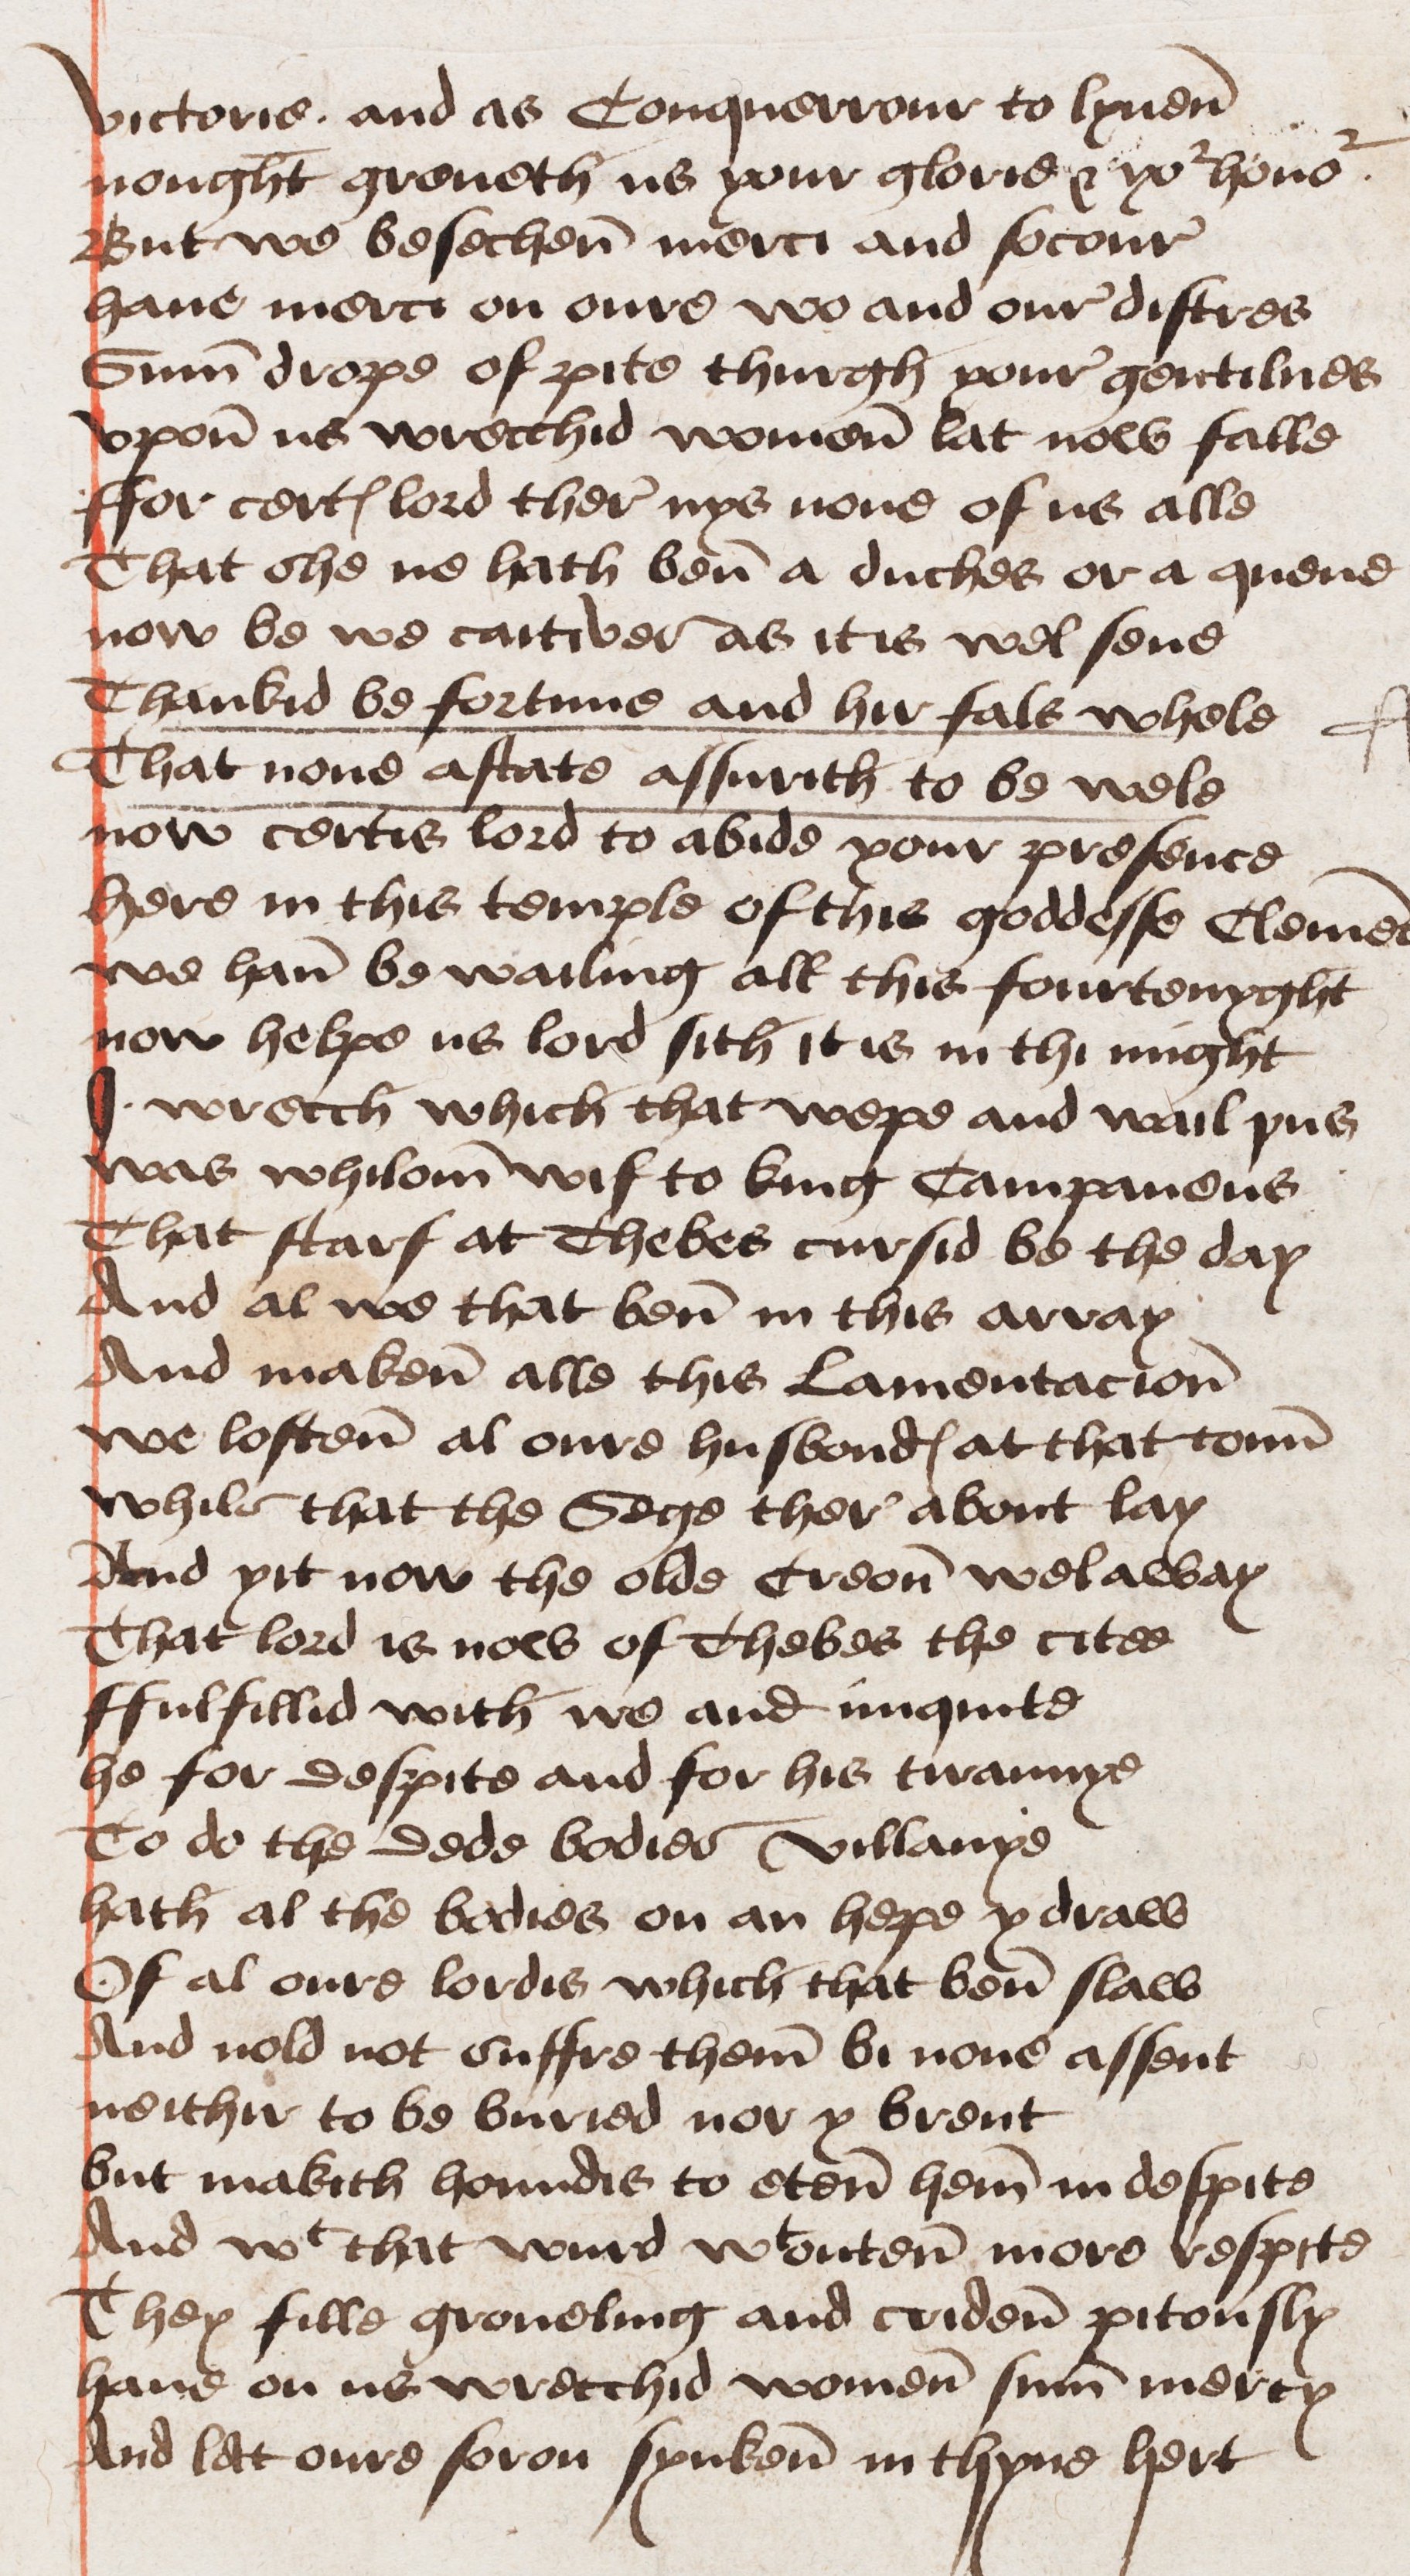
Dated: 1460–1499